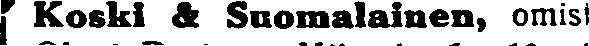
Koski & Suomalainen, omist